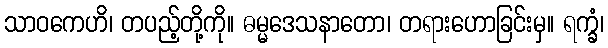
သာဝကေဟိ၊ တပည့်တို့ကို။ ဓမ္မဒေသနာတော၊ တရားဟောခြင်းမှ။ ရက္ခံ၊